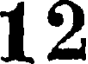
12